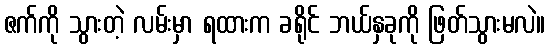
ဇက်ကို သွားတဲ့ လမ်းမှာ ရထားက ခရိုင် ဘယ်နှခုကို ဖြတ်သွားမလဲ။